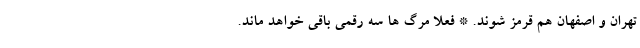
تهران و اصفهان هم قرمز شوند. * فعلا مرگ ها سه رقمی باقی خواهد ماند.